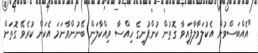
"އެއްބަސްވުން އެކުލަވާލާފައިވާ ގޮތުން ކުންފުނީގެ ހިއްސާ ވިއްކާލަން ބޭނުންވާނަމަ އެކަން ކުރެވޭ ގޮތަށް